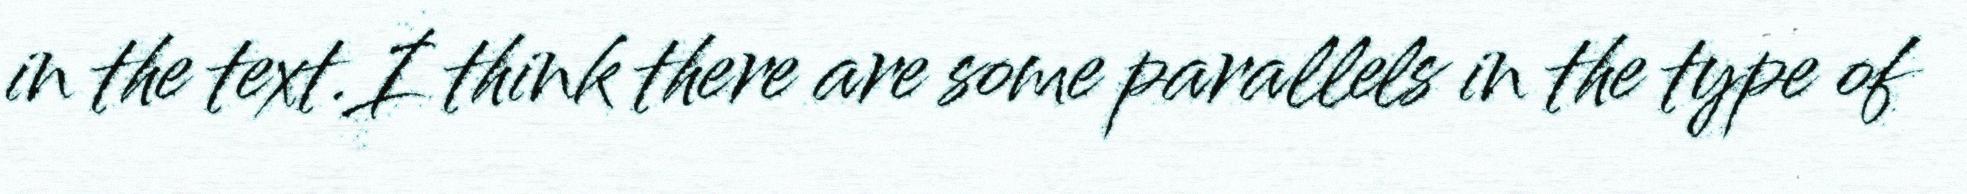
in the text.I think there are some parallels in the type of